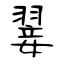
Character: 翣